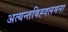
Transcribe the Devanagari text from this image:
अत्यन्तविह्वलमना